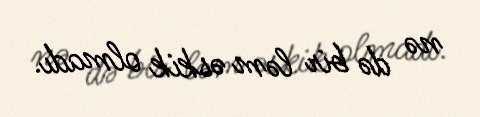
nə də bir ləm əskik olmadı.